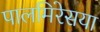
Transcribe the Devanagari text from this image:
पालमिरेसया